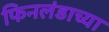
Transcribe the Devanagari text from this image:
फिनलंडाच्या